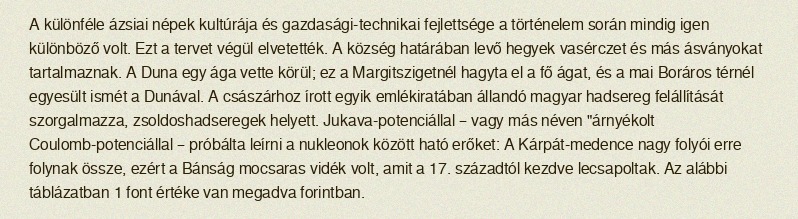
A különféle ázsiai népek kultúrája és gazdasági-technikai fejlettsége a történelem során mindig igen különböző volt. Ezt a tervet végül elvetették. A község határában levő hegyek vasérczet és más ásványokat tartalmaznak. A Duna egy ága vette körül; ez a Margitszigetnél hagyta el a fő ágat, és a mai Boráros térnél egyesült ismét a Dunával. A császárhoz írott egyik emlékiratában állandó magyar hadsereg felállítását szorgalmazza, zsoldoshadseregek helyett. Jukava-potenciállal – vagy más néven "árnyékolt Coulomb-potenciállal – próbálta leírni a nukleonok között ható erőket: A Kárpát-medence nagy folyói erre folynak össze, ezért a Bánság mocsaras vidék volt, amit a 17. századtól kezdve lecsapoltak. Az alábbi táblázatban 1 font értéke van megadva forintban.